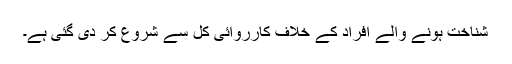
شناخت ہونے والے افراد کے خلاف کارروائی کل سے شروع کر دی گئی ہے۔